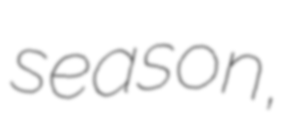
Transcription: season,